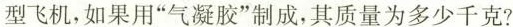
型飞机，如果用”气凝胶”制成，其质量为多少千克?